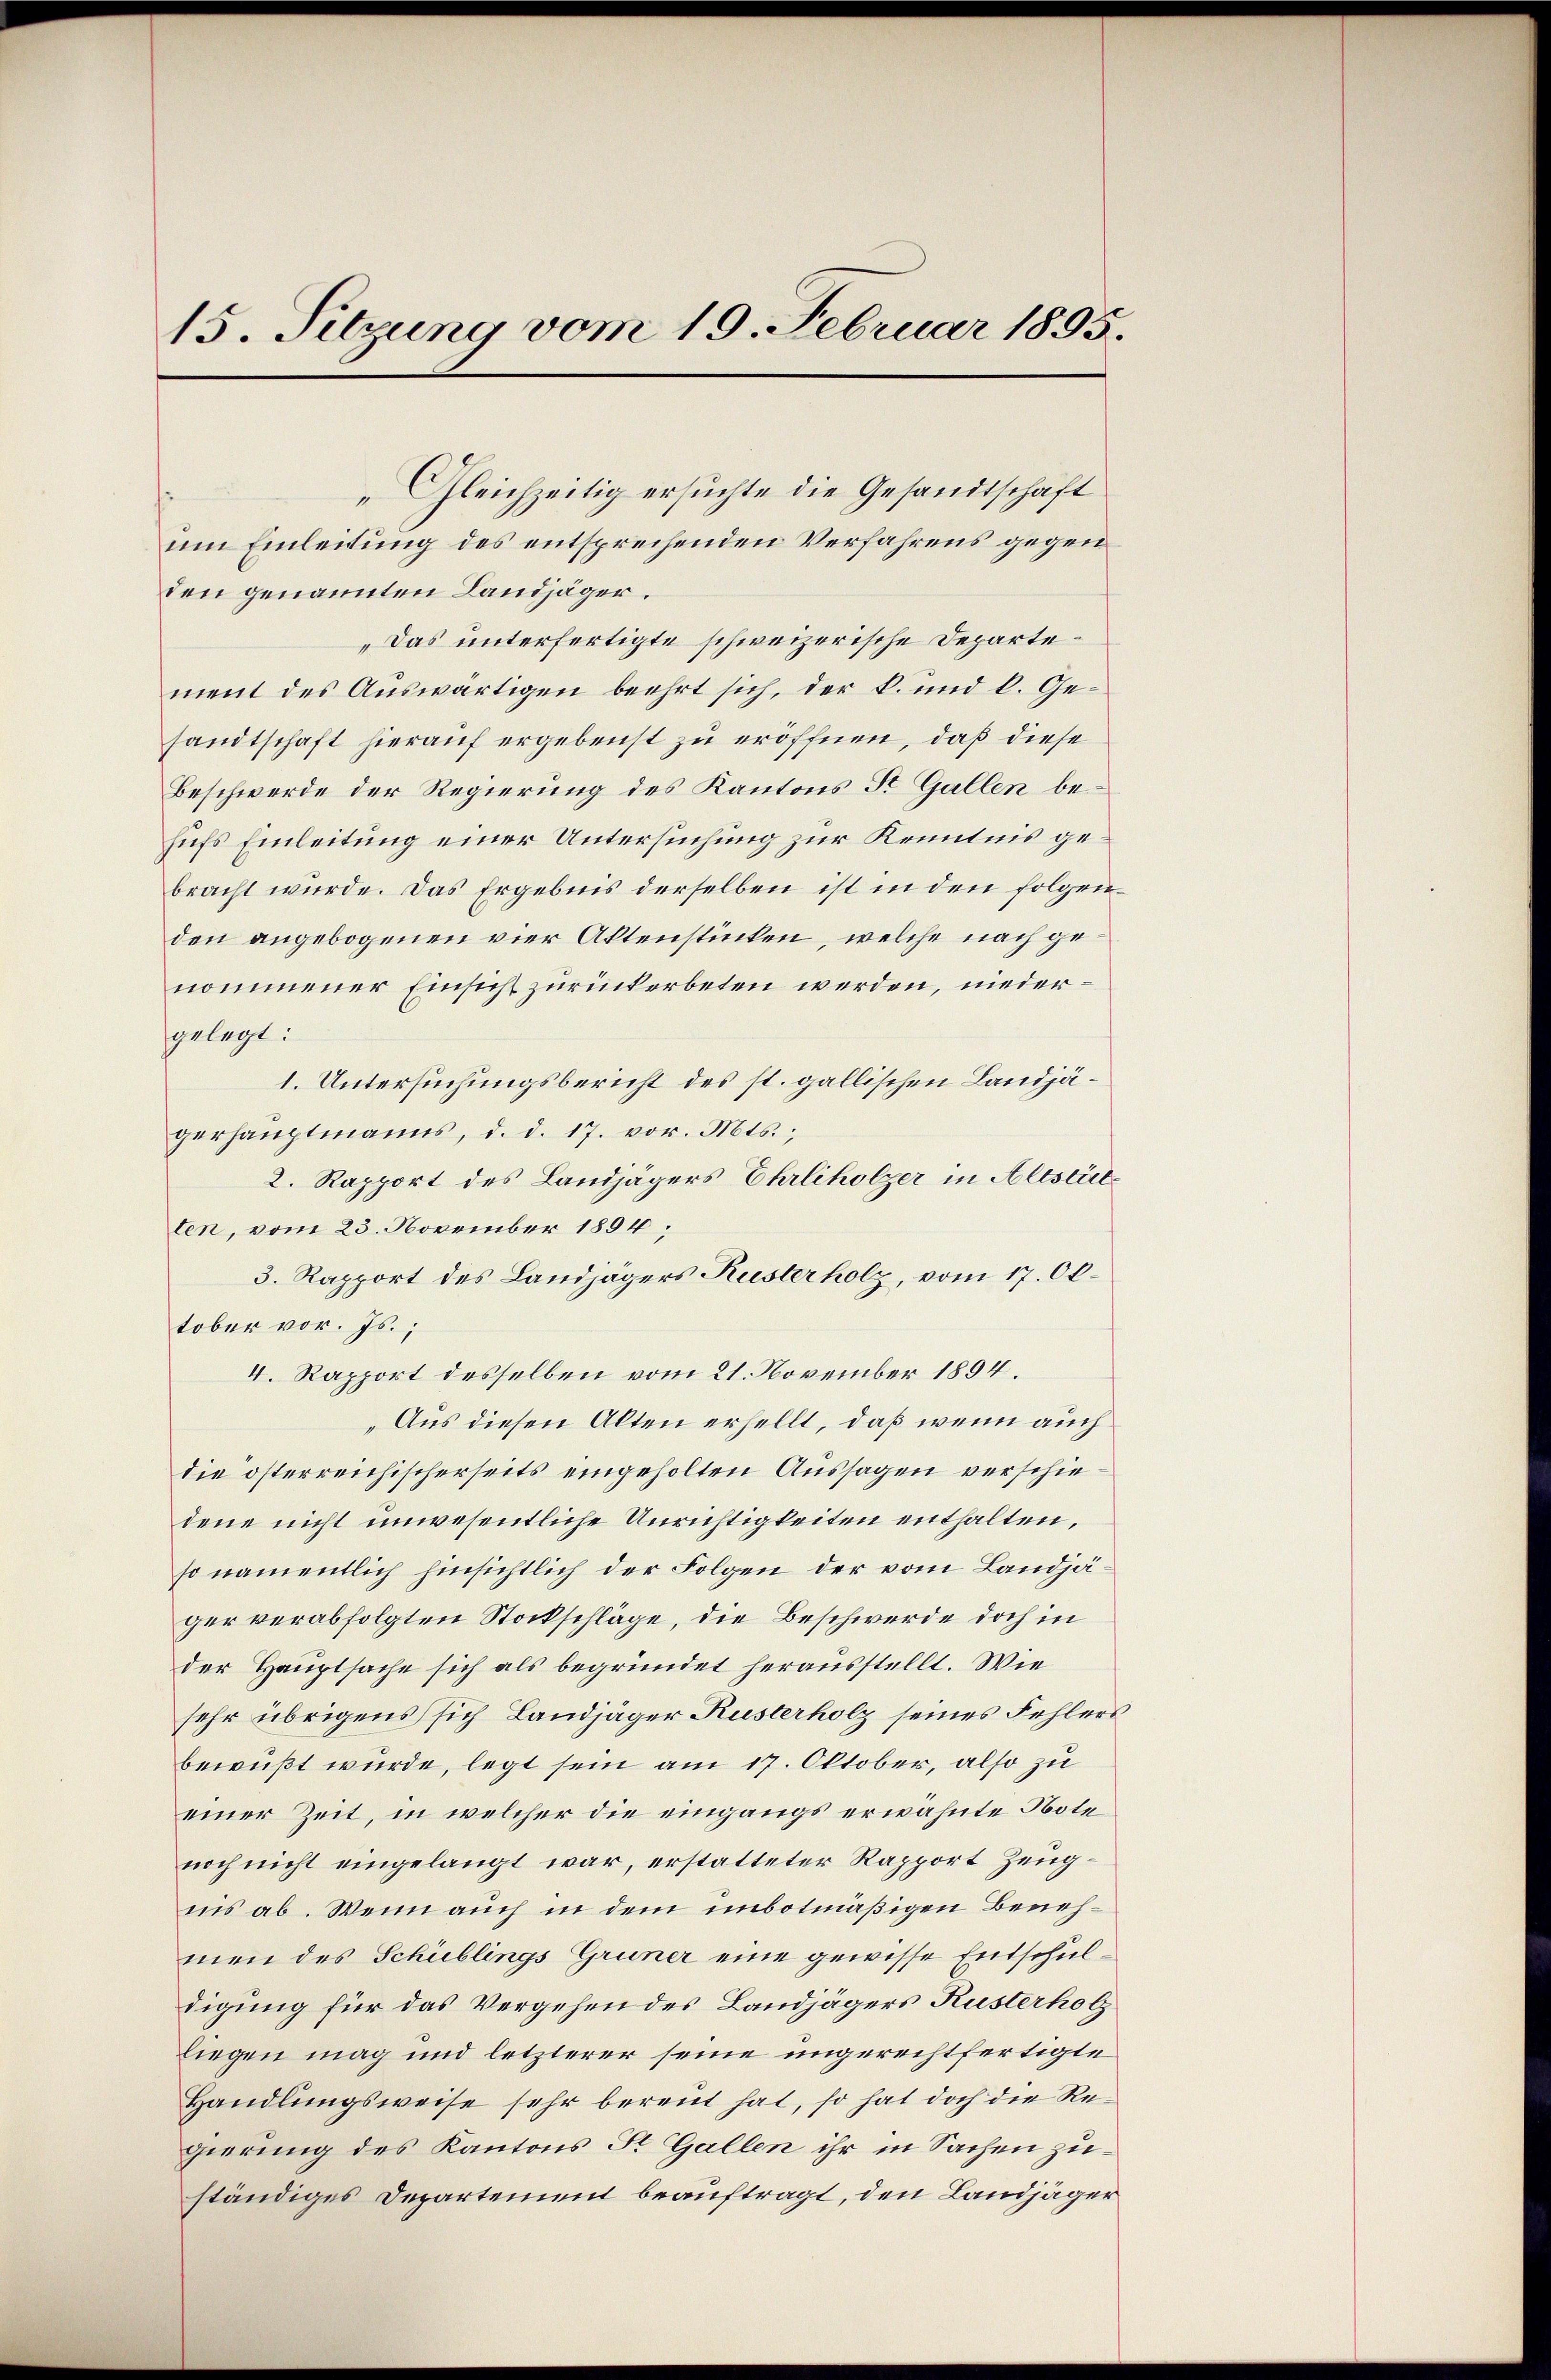
15. Sitzung vom 19. Februar 1895.

Gleichzeitig ersuchte die Gesandtschaft
um Einleitung des entsprechenden Verfahrens gegen
den genannten Landjäger.
„Das unterfertigte schweizerische Departement des Auswärtigen beehrt sich, der k. und k. Gesandtschaft hierauf ergebenst zu eröffnen, daß diese
Beschwerde der Regierung des Kantons St. Gallen behufs Einleitung einer Untersuchung zur Kenntnis gebracht würde. Das Ergebnis derselben ist in den folgenden angebogenen vier Aktenstücken, welche nach genommener Einsicht zurückerbeten werden, niedergelegt:
1. Untersuchungsbericht des st. gallischen Landjägerhauptmanns, d. d. 17. vor. Mts.,
2. Rapport des Landjägers Ehrliholzer in Altstätten, vom 23. November 1894;
3. Rapport des Landjägers Kuster holz, vom 17. Oktober vor. Js.,
4. Rapport desselben vom 21. November 1894.
„Aus diesen Alten erhellt, daß wenn auch
die österreichischerseits eingeholten Aussagen verschiedene nicht unwesentliche Unrichtigkeiten enthalten,
so namentlich hinsichtlich der Folgen der vom Landjäger verabfolgten Stockschläge, die Beschwerde doch in
der Hauptsache sich als begründet herausstellt. Wie
sehr übrigens sich Landjäger Kusterholz seines Fehlers
bewußt wurde, legt sein am 17. Oktober, also zu
einer Zeit, in welcher die eingangs erwähnte Note
noch nicht eingelangt war, erstatteter Rapport Zeugiis ab. Wenn auch in dem unbotmäßigen Benehmen des Schublings Gruner eine gewisse Entschuldigung für das Vergehen des Landjägers Kusterholz
liegen mag und letzterer seine ungerechtfertigte
Handlungsweise sehr bereut hat, so hat doch die Regierung des Kantons St. Gallen ihr in Sachen zuständiges Departement beauftragt, den Landjäger